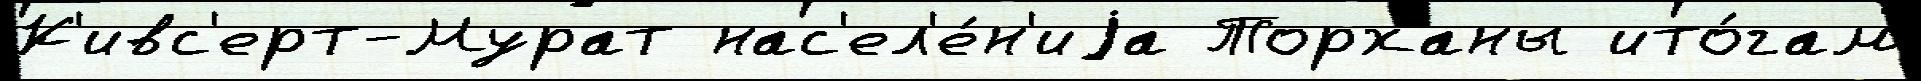
К'ивс'ерт-Мурат нас'ел'е́н'иjа Торханы ито́гам